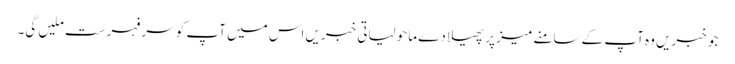
جو خبریں وہ آپ کے سامنے میز پر پھیلا دے ماحولیاتی خبریں اس میں آپ کو سر فہرست ملیں گی۔